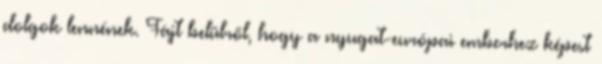
dolgok lennének. Fájt belülről, hogy a nyugat-európai emberhez képest